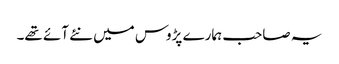
یہ صاحب ہمارے پڑوس میں نئے آئے تھے۔